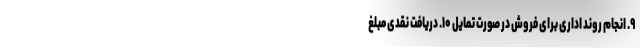
۹. انجام روند اداری برای فروش در صورت تمایل ۱۰. دریافت نقدی مبلغ